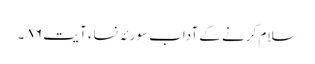
سلام کرنے کے آداب سورئہ نساء آ یت ٨٦ ۔